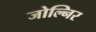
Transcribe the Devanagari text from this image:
जोल्निर